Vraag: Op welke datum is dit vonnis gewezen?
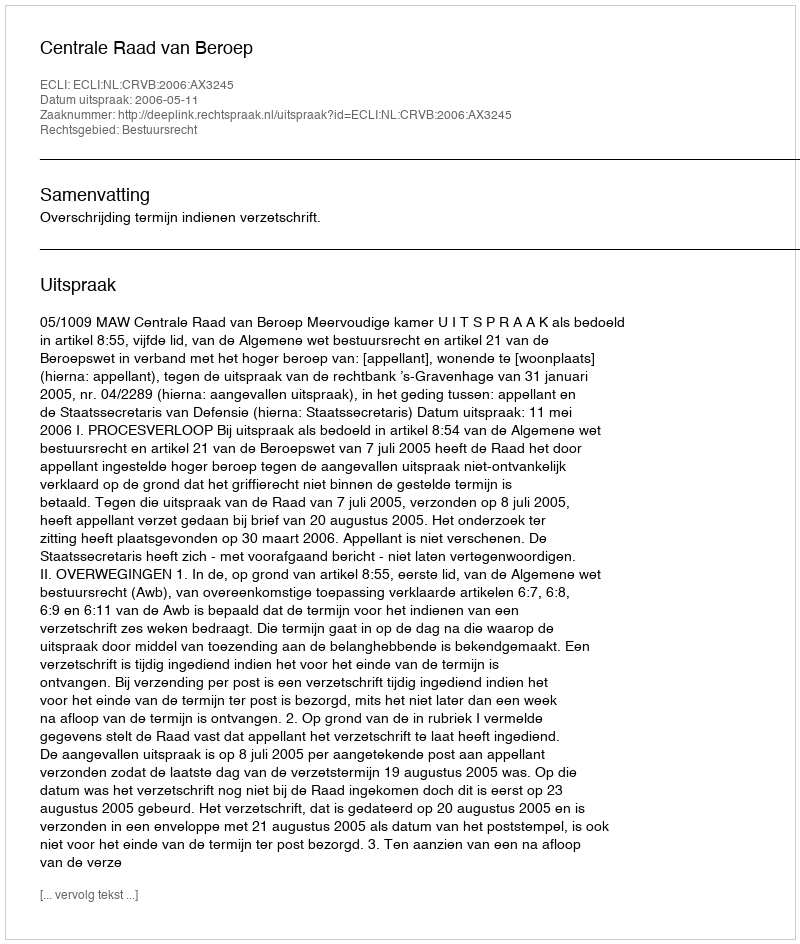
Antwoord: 2006-05-11